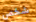
شخص